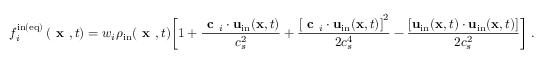
f _ { i } ^ { \mathrm { i n ( e q ) } } \left( \textbf { x } , t \right) = w _ { i } \rho _ { \mathrm { i n } } ( \textbf { x } , t ) \bigg [ 1 + \frac { \textbf { c } _ { i } \cdot \mathbf { u } _ { \mathrm { i n } } ( \mathbf { x } , t ) } { c _ { s } ^ { 2 } } + \frac { \left[ \textbf { c } _ { i } \cdot \mathbf { u } _ { \mathrm { i n } } ( \mathbf { x } , t ) \right] ^ { 2 } } { 2 c _ { s } ^ { 4 } } - \frac { \left[ \mathbf { u } _ { \mathrm { i n } } ( \mathbf { x } , t ) \cdot \mathbf { u } _ { \mathrm { i n } } ( \mathbf { x } , t ) \right] } { 2 c _ { s } ^ { 2 } } \bigg ] \; .